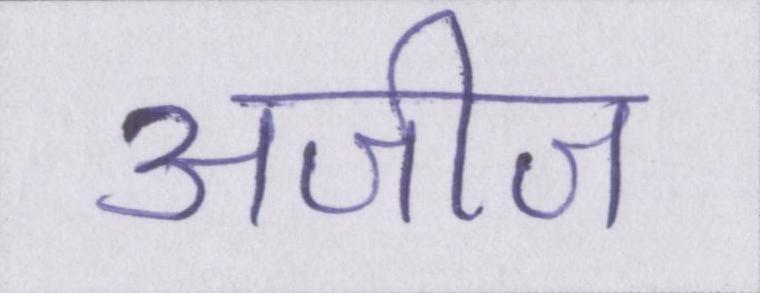
अजीज